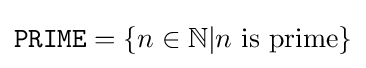
{\texttt {PRIME}}=\{n\in \mathbb {N} |n{\text{ is prime}}\}